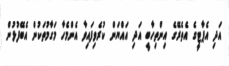
އަދި އެޕާޓީގެ އެތެރޭގެ އިންތިހާބީ އަދި އައްޔަން ކުރެވިފައިވާ އެންމެހާ މަގާމުތަކުން އެބޭފުޅުން